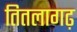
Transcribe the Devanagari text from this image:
तितलागढ़